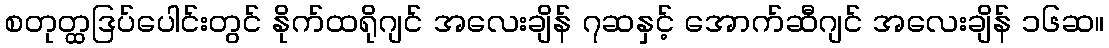
စတုတ္ထဒြပ်ပေါင်းတွင် နိုက်ထရိုဂျင် အလေးချိန် ၇ဆနှင့် အောက်ဆီဂျင် အလေးချိန် ၁၆ဆ။